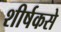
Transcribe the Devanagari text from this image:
शीर्षकसे